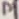
Text: P1